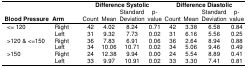
| <ROWSPAN=2> Blood Pressure | <ROWSPAN=2> Arm | <COLSPAN=4> Difference Systolic | <COLSPAN=4> Difference Diastolic |
 | Count | Mean | Standard Deviation | p-value | Count | Mean | Standard Deviation | p-value |
 | --- | --- | --- | --- | --- | --- | --- | --- | --- | --- |
 | <ROWSPAN=2> <= 120 | Right | 42 | 4.02 | 8.24 | 0.71 | 42 | 3.38 | 6.58 | 0.84 |
 | Left | 31 | 9.32 | 7.73 | 0.02 | 31 | 6.16 | 5.56 | 0.25 |
 | <ROWSPAN=2> >120 & <=150 | Right | 36 | 7.83 | 6.91 | 0.06 | 36 | 2.64 | 8.94 | 0.88 |
 | Left | 34 | 10.06 | 10.71 | 0.02 | 34 | 5.06 | 9.46 | 0.49 |
 | <ROWSPAN=2> >150 | Right | 24 | 12.38 | 9.94 | 0.00 | 24 | 5.54 | 8.89 | 0.41 |
 | Left | 33 | 9.97 | 10.91 | 0.02 | 33 | 3.30 | 7.41 | 0.81 |